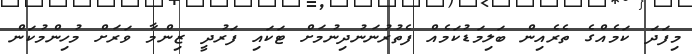
މިފަދަ ކަމެއްގެ ތެރެއިން ބަލިމަޑުކަމެއް ފެތުރުނަނުދިނުމަށް ޓަކައި ފަރުދީ ޒިންމާ ވަރަށް މުހިންމުކަން